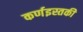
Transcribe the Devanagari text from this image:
कर्णइस्तकी